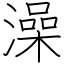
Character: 澡